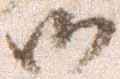
御